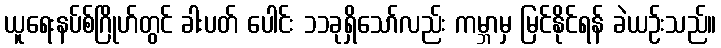
ယူရေးနပ်စ်ဂြိုဟ်တွင် ခါးပတ် ပေါင်း ၁၁ခုရှိသော်လည်း ကမ္ဘာမှ မြင်နိုင်ရန် ခဲယဉ်းသည်။